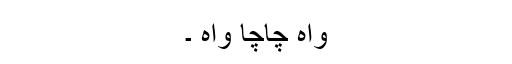
واہ چاچا واہ ۔